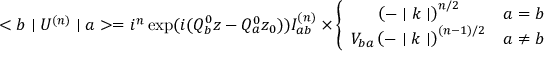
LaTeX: < b \mid U ^ { ( n ) } \mid a > = i ^ { n } \exp ( i ( Q _ { b } ^ { 0 } z - Q _ { a } ^ { 0 } z _ { 0 } ) ) I _ { a b } ^ { ( n ) } \times \left\{ \begin{array} { c c } { { \left( - \mid k \mid \right) ^ { n / 2 } } } & { { a = b } } \\ { { V _ { b a } \left( - \mid k \mid \right) ^ { ( n - 1 ) / 2 } } } & { { a \not = b } } \end{array} \right.